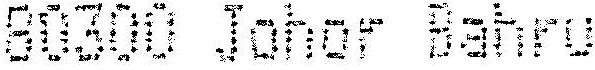
80300 JOHOR BAHRU